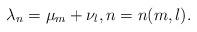
LaTeX: \begin{align*} \lambda_n=\mu_m + \nu_l, n = n(m,l).\end{align*}